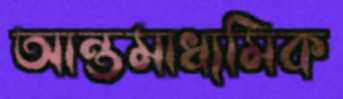
আন্তমাধ্যমিক